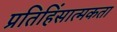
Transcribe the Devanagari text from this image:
प्रतिहिंसात्मकता